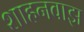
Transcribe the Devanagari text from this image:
शाहनवाझ